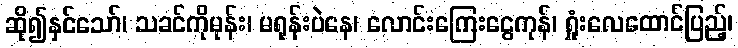
ဆို၍နှင်သော်၊ သခင်ကိုမုန်း၊ မရုန်းပဲနေ၊ လောင်းကြေးငွေကုန်၊ ရှုံးလေထောင်ပြည့်၊